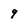
Character: q